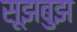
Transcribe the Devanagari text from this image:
सूझबुझ